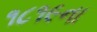
૧૮૧૯ના